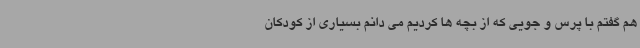
هم گفتم با پرس و جویی که از بچه ها کردیم می دانم بسیاری از کودکان